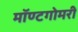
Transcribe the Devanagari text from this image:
मॉण्टगोमरी